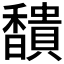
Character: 𩡞